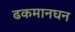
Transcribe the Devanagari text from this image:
ढकमानघन